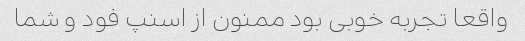
واقعا تجربه خوبی بود ممنون از اسنپ فود و شما